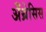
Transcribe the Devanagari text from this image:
अँथ्रेसिस